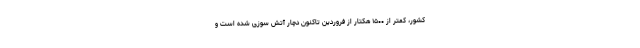
کشور، کمتر از ۱۵۰۰ هکتار از فروردین تاکنون دچار آتش سوزی شده است و